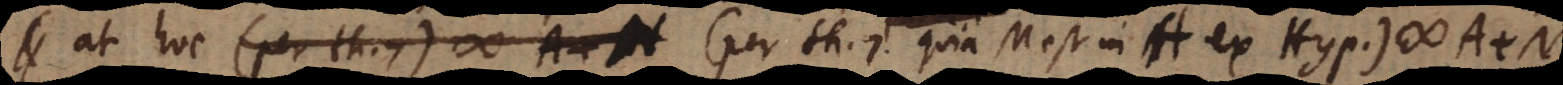
at hoc (per th. 7 quia M est in A ex Hyp.) # A